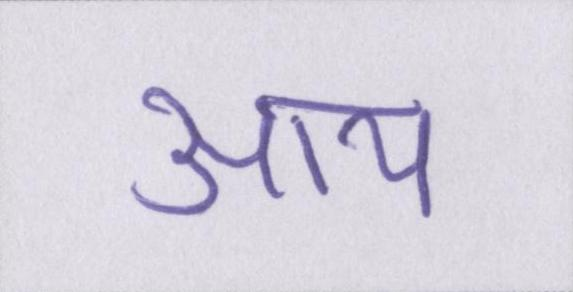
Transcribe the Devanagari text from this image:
आय